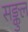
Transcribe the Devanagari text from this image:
सङ्कुल